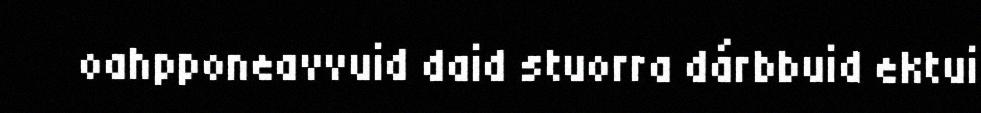
oahpponeavvuid daid stuorra dárbbuid ektui